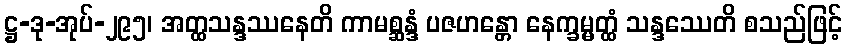
ဋ္ဌ-ဒု-အုပ်-၂၉၅၊ အတ္ထသန္ဒဿနေတိ ကာမစ္ဆန္ဒံ ပဇဟန္တော နေက္ခမ္မတ္ထံ သန္ဒဿေတိ စသည်ဖြင့်